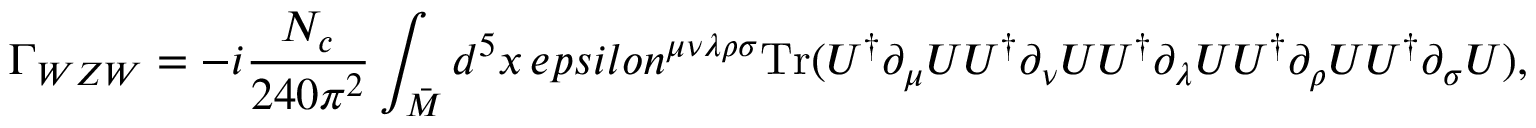
\Gamma _ { W Z W } = - i \frac { N _ { c } } { 2 4 0 \pi ^ { 2 } } \int _ { \bar { M } } d ^ { 5 } x \, e p s i l o n ^ { \mu \nu \lambda \rho \sigma } \mathrm { T r } ( U ^ { \dagger } \partial _ { \mu } U U ^ { \dagger } \partial _ { \nu } U U ^ { \dagger } \partial _ { \lambda } U U ^ { \dagger } \partial _ { \rho } U U ^ { \dagger } \partial _ { \sigma } U ) ,